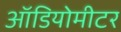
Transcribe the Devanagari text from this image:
ऑडियोमीटर